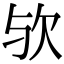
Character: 欤